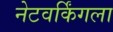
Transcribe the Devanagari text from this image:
नेटवर्किंगला